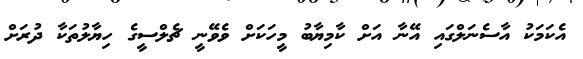
އެކަމަކު އާސެނަލްގައި އޭނާ އަށް ކާމިޔާބު މީހަކަށް ވެވޭނީ ޗެލްސީގެ ހިޔާލުތަކާ ދުރަށް